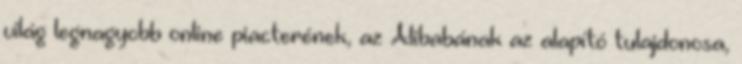
világ legnagyobb online piacterének, az Alibabának az alapító tulajdonosa,